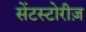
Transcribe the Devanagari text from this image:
सेंटस्टोरीज़